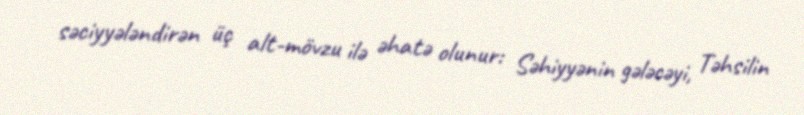
səciyyələndirən üç alt-mövzu ilə əhatə olunur: Səhiyyənin gələcəyi, Təhsilin